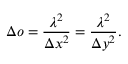
\Delta o = \frac { \lambda ^ { 2 } } { \Delta x ^ { 2 } } = \frac { \lambda ^ { 2 } } { \Delta y ^ { 2 } } .